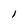
Character: l